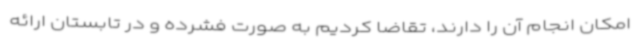
امکان انجام آن را دارند، تقاضا کردیم به صورت فشرده و در تابستان ارائه